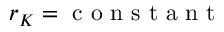
r _ { K } = \mathrm { ~ c ~ o ~ n ~ s ~ t ~ a ~ n ~ t ~ }